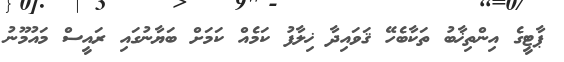
ޕާޓީގެ އިންތިޚާބު ތަކާބެހޭ ޤަވައިދާ ޚިލާފު ކަމެއް ކަމަށް ބަޔާނުގައި ރައީސް މައުމޫނު